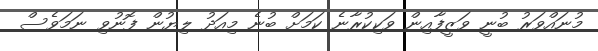
މުނައްވަރު ބުނީ ވަޒީފާއިން ވަކިކުރާނެ ކަމަށް ބުނެ މިއަދު ލިޔުން ފޮނުވި ނަމަވެސް